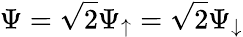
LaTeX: \Psi={\sqrt 2}\Psi_{\uparrow}={\sqrt 2}\Psi_{\downarrow}